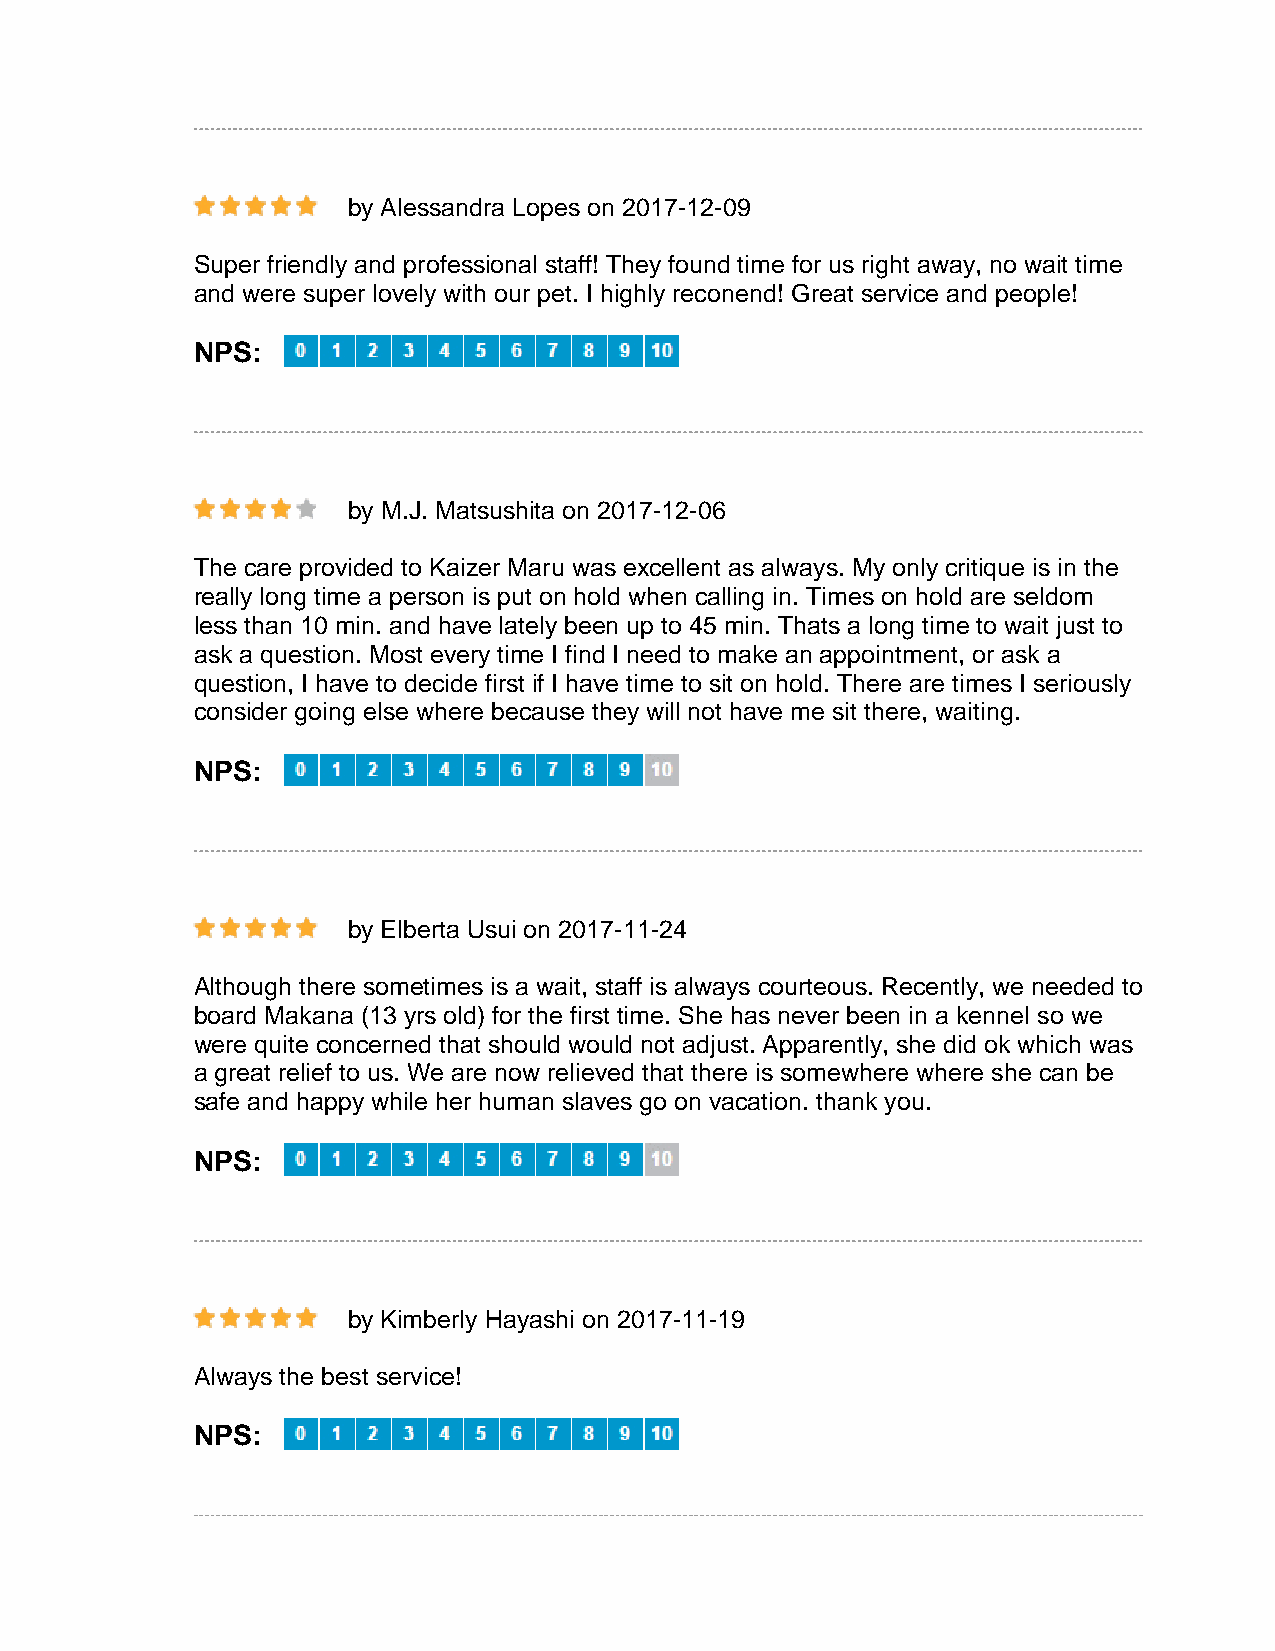
by Alessandra Lopes on 2017-12-09
 Super friendly and professional staff! They found time for us right away, no wait time
 and were super lovely with our pet. I highly reconend! Great service and people!
 NPS:
 by M.J. Matsushita on 2017-12-06
 The care provided to Kaizer Maru was excellent as always. My only critique is in the
 really long time a person is put on hold when calling in. Times on hold are seldom
 less than 10 min. and have lately been up to 45 min. Thats a long time to wait just to
 ask a question. Most every time I find I need to make an appointment, or ask a
 question, I have to decide first if I have time to sit on hold. There are times I seriously
 consider going else where because they will not have me sit there, waiting.
 NPS:
 by Elberta Usui on 2017-11-24
 Although there sometimes is a wait, staff is always courteous. Recently, we needed to
 board Makana (13 yrs old) for the first time. She has never been in a kennel so we
 were quite concerned that should would not adjust. Apparently, she did ok which was
 a great relief to us. We are now relieved that there is somewhere where she can be
 safe and happy while her human slaves go on vacation. thank you.
 NPS:
 by Kimberly Hayashi on 2017-11-19
 Always the best service!
 NPS: